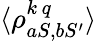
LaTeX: \langle\rho_{aS,bS^{\prime}}^{k\, q}\rangle